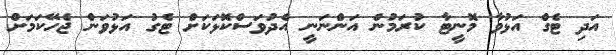
އަދި ޓެގް އަޅުވާ މޮނީޓާ ކުރަމުން އަންނަނީ އެދުވަސްކޮޅަކަށް ޓެގު އަޅުވަން ޖެހޭކަމަށް